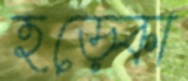
হড়্‌কো